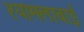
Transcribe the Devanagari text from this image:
श्यामलाबाई